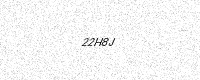
Text: 22H8J